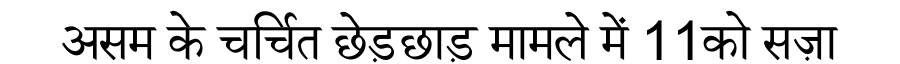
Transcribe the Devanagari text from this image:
असम के चर्चित छेड़छाड़ मामले में 11को सज़ा